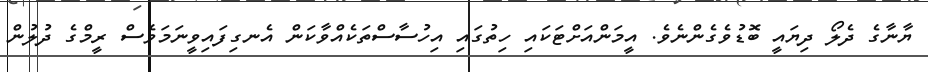
ޔާނާގެ ދެލޯ ދިޔައީ ބޮޑުވެގެންނެވެ. އީމަންއަށްޓަކައި ހިތުގައި އިހުސާސްތަކެއްވާކަން އެނގިފައިވީނަމަވެސް ރީމްގެ ދުލުން